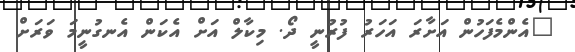
"އެންމެފަހުން އަށާރަ އަހަރު ފުރުނީ ދޯ. މިކާލް އަށް އެކަން އެނގުނީމަ ވަރަށް